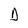
Character: D